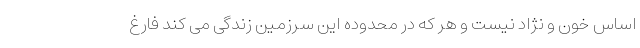
اساس خون و نژاد نیست و هر که در محدوده این سرزمین زندگی می کند فارغ